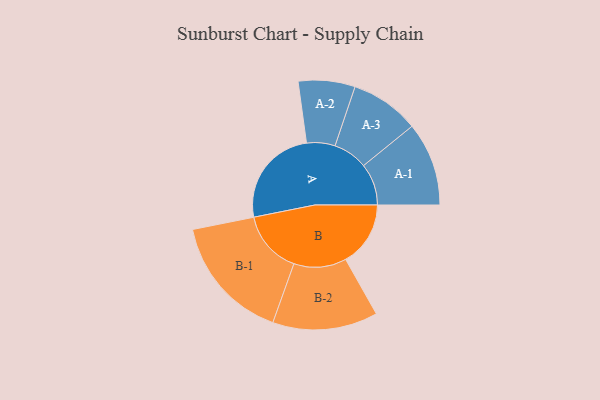
{"axis": {"x": "Segment", "y": "Value"}, "legend": ["", "A", "B"], "data": [{"x": "A", "y": 409, "type": ""}, {"x": "B", "y": 265, "type": ""}, {"x": "A-1", "y": 171, "type": "A"}, {"x": "A-2", "y": 116, "type": "A"}, {"x": "A-3", "y": 141, "type": "A"}, {"x": "B-1", "y": 258, "type": "B"}, {"x": "B-2", "y": 215, "type": "B"}]}